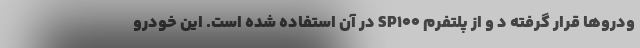
ودروها قرار گرفته د و از پلتفرم SP100 در آن استفاده شده است. این خودرو